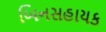
બિનસહાયક